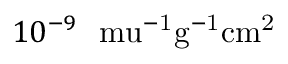
1 0 ^ { - 9 } ~ \mathrm { \ m u ^ { - 1 } g ^ { - 1 } c m ^ { 2 } }